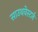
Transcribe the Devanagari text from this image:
साउथवेस्टर्न